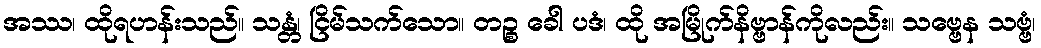
အဿ၊ ထိုရဟန်းသည်။ သန္တံ၊ ငြိမ်သက်သော။ တဉ္စ ခေါ ပဒံ၊ ထို အမြိုက်နိဗ္ဗာန်ကိုလည်း။ သဗ္ဗေန သဗ္ဗံ၊